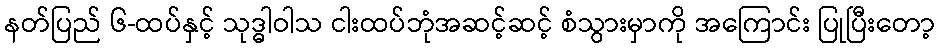
နတ်ပြည် ၆-ထပ်နှင့် သုဒ္ဓါဝါသ ငါးထပ်ဘုံအဆင့်ဆင့် စံသွားမှာကို အကြောင်း ပြုပြီးတော့